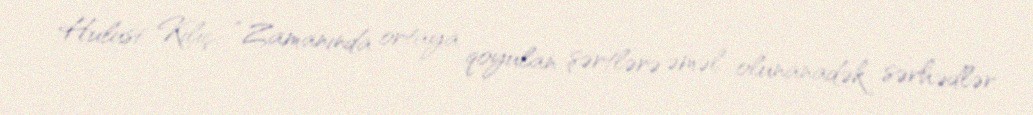
Hulusi Kılıç: “Zamanında ortaya qoyulan şərtlərə əməl olunanadək sərhədlər